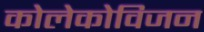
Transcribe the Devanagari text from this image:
कोलेकोविजन